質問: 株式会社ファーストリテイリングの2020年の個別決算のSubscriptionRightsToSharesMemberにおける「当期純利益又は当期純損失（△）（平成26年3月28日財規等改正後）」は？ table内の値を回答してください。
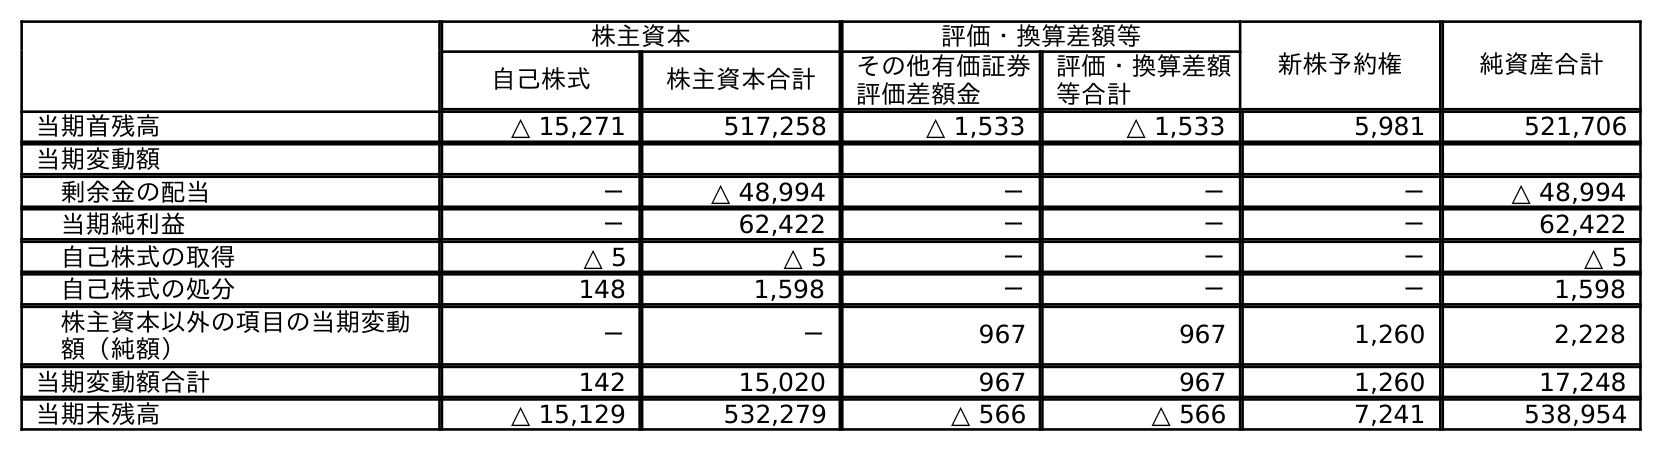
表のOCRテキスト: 株主資本 評価・換算差額等 新株予約権 純資産合計 自己株式 株主資本合計 その他有価証券 評価差額金 評価・換算差額 等合計 当期首残高 △ 15,271 517,258 △ 1,533 △ 1,533 5,981 521,706 当期変動額 剰余金の配当 － △ 48,994 － － － △ 48,994 当期純利益 － 62,422 － － － 62,422 自己株式の取得 △ 5 △ 5 － － － △ 5 自己株式の処分 148 1,598 － － － 1,598 株主資本以外の項目の当期変動 額（純額） － － 967 967 1,260 2,228 当期変動額合計 142 15,020 967 967 1,260 17,248 当期末残高 △ 15,129 532,279 △ 566 △ 566 7,241 538,954
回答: －